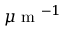
\mu \mathrm { ~ m ~ } ^ { - 1 }